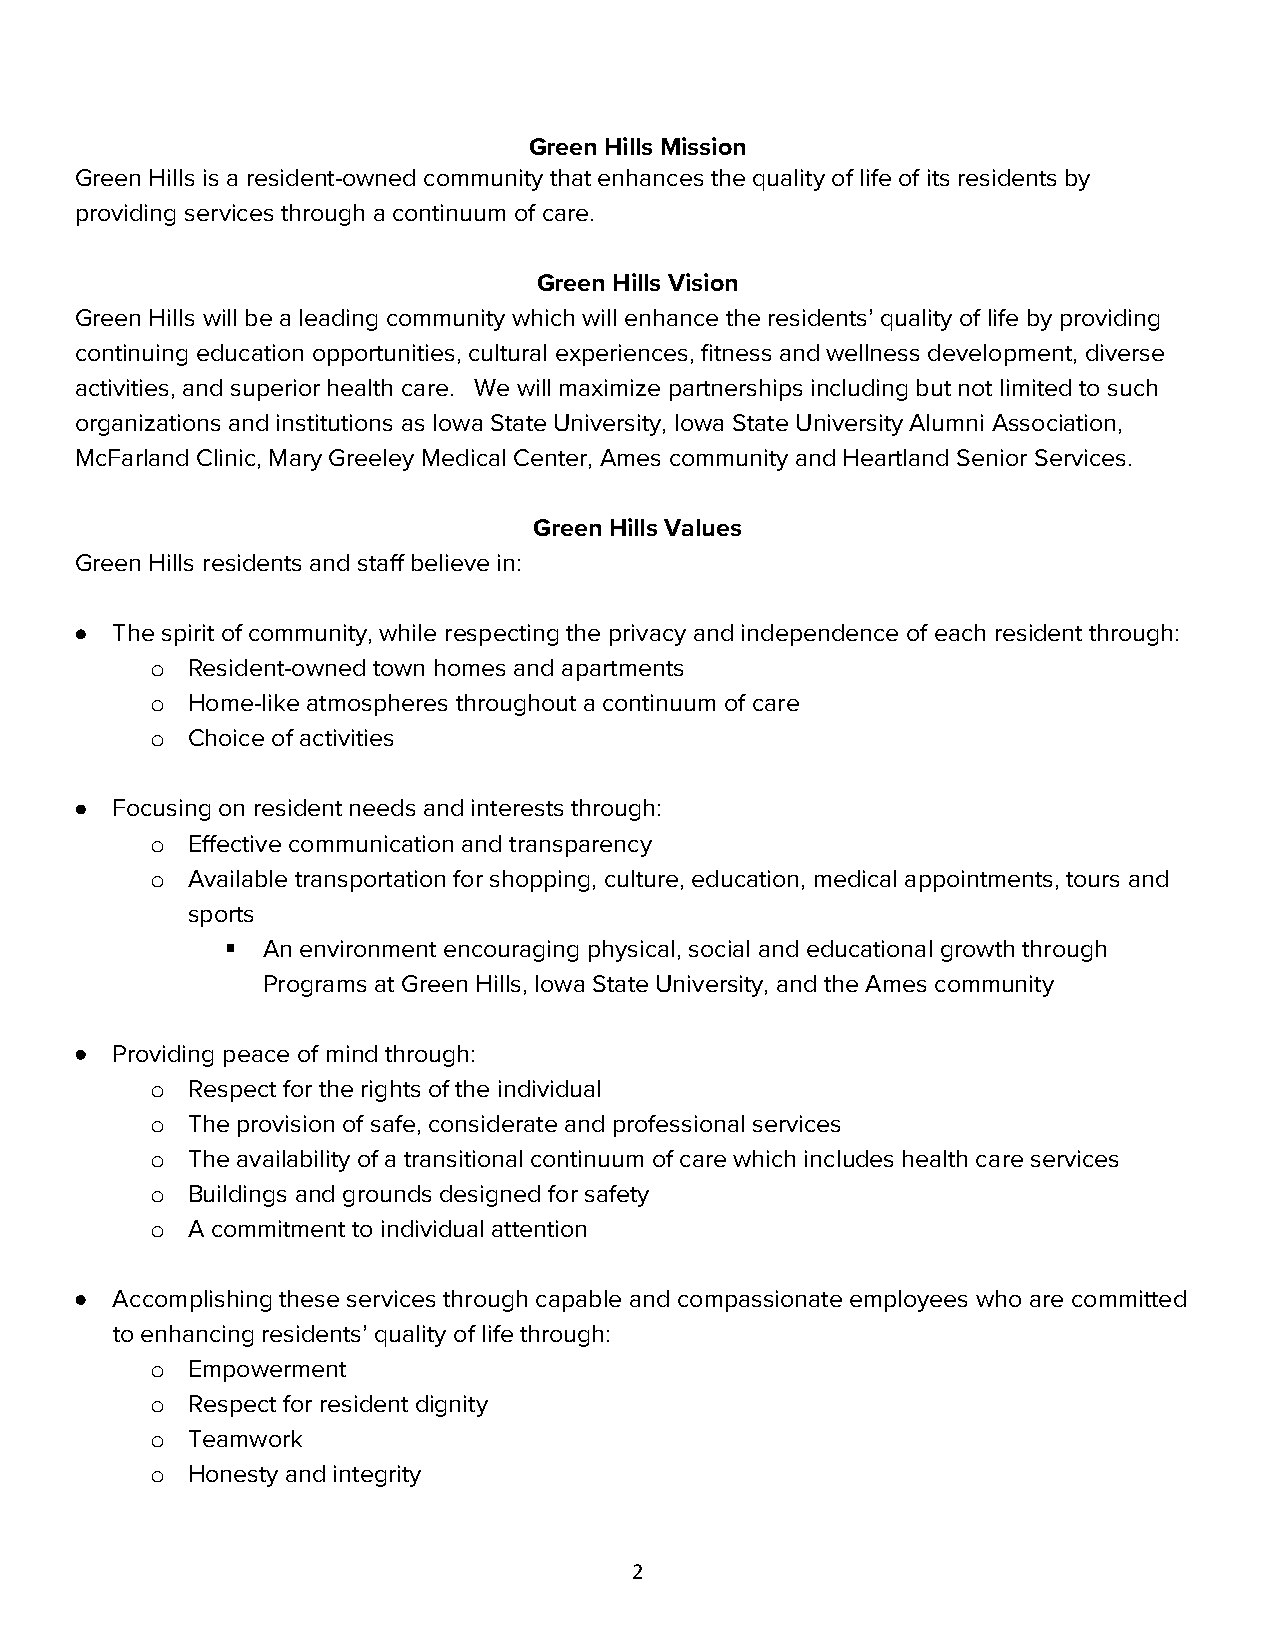
Green Hills Mission
 Green Hills is a resident-owned community that enhances the quality of life of its residents by
 providing services through a continuum of care.
 Green Hills Vision
 Green Hills will be a leading community which will enhance the residents’ quality of life by providing
 continuing education opportunities, cultural experiences, fitness and wellness development, diverse
 activities, and superior health care. We will maximize partnerships including but not limited to such
 organizations and institutions as Iowa State University, Iowa State University Alumni Association,
 McFarland Clinic, Mary Greeley Medical Center, Ames community and Heartland Senior Services.
 Green Hills Values
 Green Hills residents and staff believe in:
 • The spirit of community, while respecting the privacy and independence of each resident through:
 Resident-owned town homes and apartments
 o
 Home-like atmospheres throughout a continuum of care
 o
 Choice of activities
 o
 • Focusing on resident needs and interests through:
 Effective communication and transparency
 o
 Available transportation for shopping, culture, education, medical appointments, tours and
 o
 sports
  An environment encouraging physical, social and educational growth through
 Programs at Green Hills, Iowa State University, and the Ames community
 • Providing peace of mind through:
 Respect for the rights of the individual
 o
 The provision of safe, considerate and professional services
 o
 The availability of a transitional continuum of care which includes health care services
 o
 Buildings and grounds designed for safety
 o
 A commitment to individual attention
 o
 • Accomplishing these services through capable and compassionate employees who are committed
 to enhancing residents’ quality of life through:
 Empowerment
 o
 Respect for resident dignity
 o
 Teamwork
 o
 Honesty and integrity
 o
 2